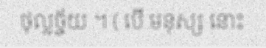
ថុល្លច្ច័យ ។ ( បើ មនុស្ស នោះ